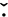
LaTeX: \check{\cdot}